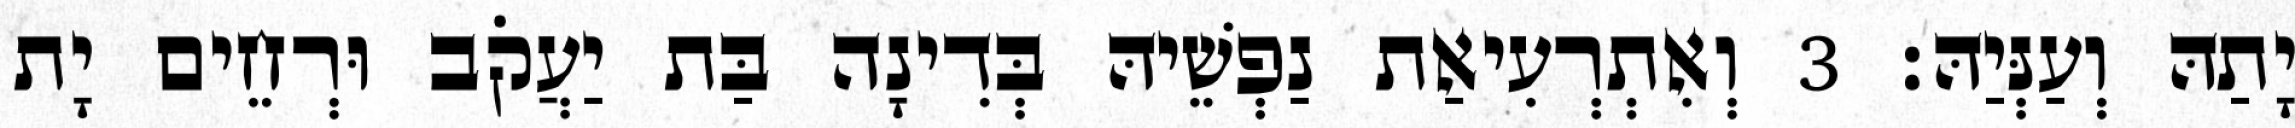
יָתַהּ וְעַנְּיַהּ׃ 3 וְאִתְרְעִיאַת נַפְשֵׁיהּ בְּדִינָה בַּת יַעֲקֹב וּרְחֵים יָת